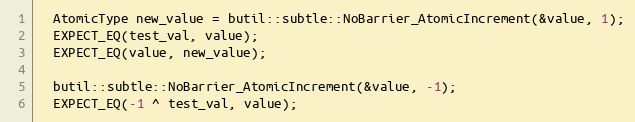
Language: C++
  AtomicType new_value = butil::subtle::NoBarrier_AtomicIncrement(&value, 1);
  EXPECT_EQ(test_val, value);
  EXPECT_EQ(value, new_value);

  butil::subtle::NoBarrier_AtomicIncrement(&value, -1);
  EXPECT_EQ(-1 ^ test_val, value);